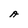
Character: A